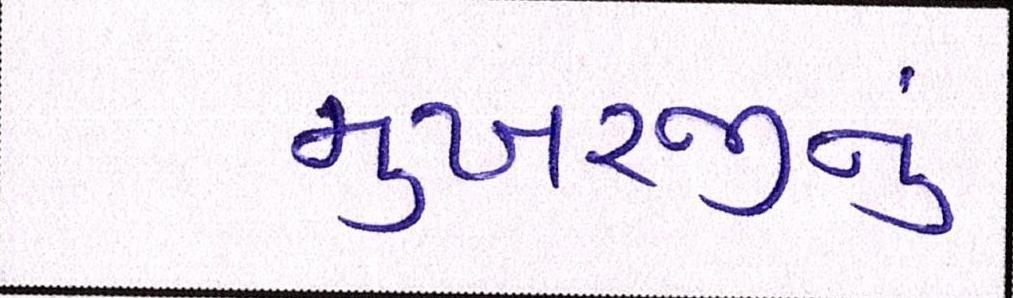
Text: મુખરજીનું